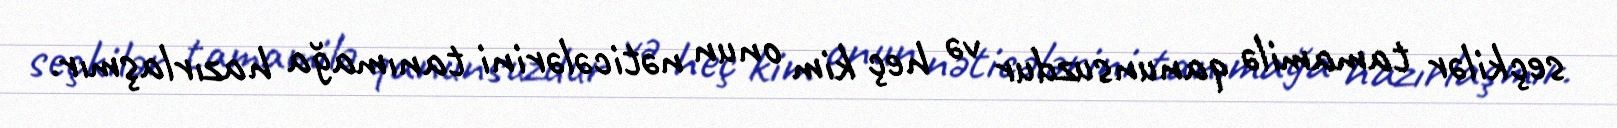
seçkilər tamamilə qanunsuzdur və heç kim onun nəticələrini tanımağa hazırlaşmır.